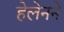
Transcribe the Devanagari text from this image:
हेलेनने